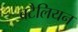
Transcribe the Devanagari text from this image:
बटैलियन